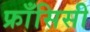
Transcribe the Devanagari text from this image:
फ्राँसिसी